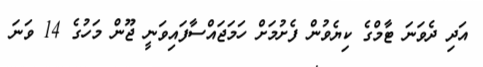
އަދި ދެވަނަ ޓާމްގެ ކިޔެވުން ފެށުމަށް ހަމަޖައްސާފައިވަނީ ޖޫން މަހުގެ 14 ވަނަ